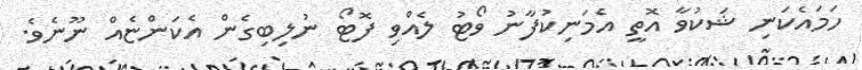
ހަމައެކަނި ޝަކުވާ އޮތީ އެމަނިކުފާނު ވޯޓު ލެއްވި ފޮޓޯ ނުލިބިގެން އެކަންޏެއް ނޫނެވެ.